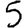
Digit: 5